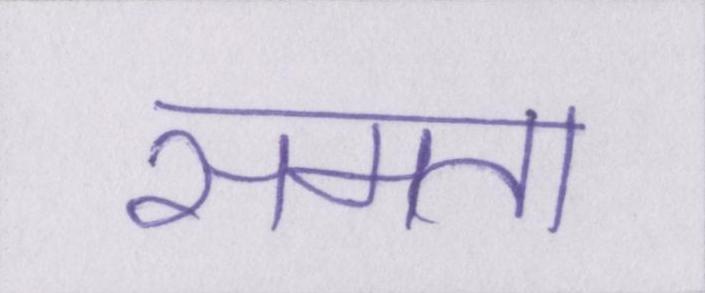
समता